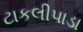
ટાકલીપાડા